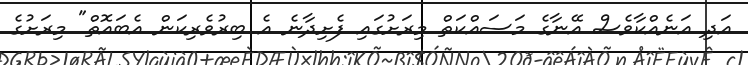
އަދި އަނެއްކާވެސް އޭނާގެ މަސައްކަތް މިރަށުގައި ފެށިދާނެ އެ ބިރުވެރިކަން އެބައޮތް" މިރަށުގެ